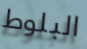
البلوط